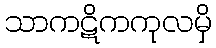
သာကဋိကကုလမှိ